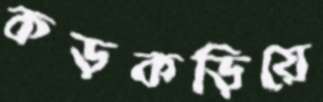
কড়কড়িয়ে